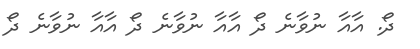
ދޯ. އާއާ ނުވާނެ ދޯ އާއާ ނުވާނެ ދޯ އާއާ ނުވާނެ ދޯ